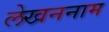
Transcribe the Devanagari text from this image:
लेखननाम